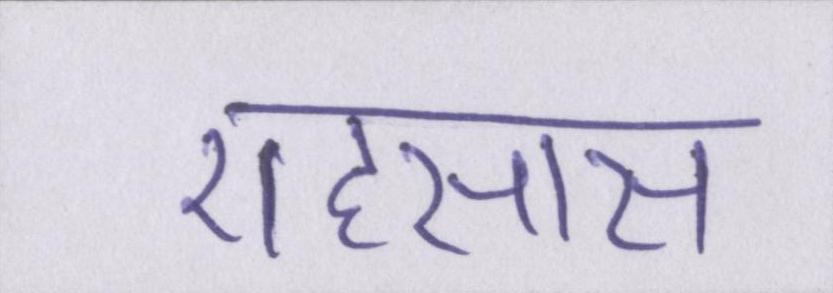
एहसास